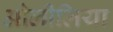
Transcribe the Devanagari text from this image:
ओलीलिया